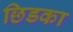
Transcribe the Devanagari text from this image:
छिडका